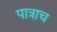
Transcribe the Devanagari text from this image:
पात्राच